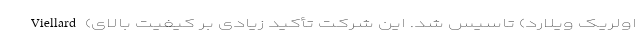
Viellard (اولریک ویلارد) تاسیس شد. این شرکت تأکید زیادی بر کیفیت بالای